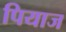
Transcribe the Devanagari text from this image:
पियाज